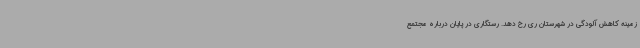
زمینه کاهش آلودگی در شهرستان ری رخ دهد. رستگاری در پایان درباره مجتمع